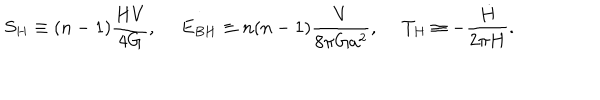
LaTeX: S _ { H } \equiv ( n - 1 ) { \frac { H V } { 4 G } } , \ E _ { B H } \equiv n ( n - 1 ) { \frac { V } { 8 \pi G a ^ { 2 } } } , \ T _ { H } \equiv - { \frac { \dot { H } } { 2 \pi H } } .